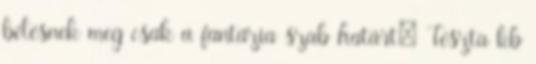
bélésnek meg csak a fantázia szab határt: Tészta kb